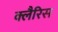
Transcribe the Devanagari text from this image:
क्लैरिस